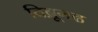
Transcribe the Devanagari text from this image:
दिब्रूगढ